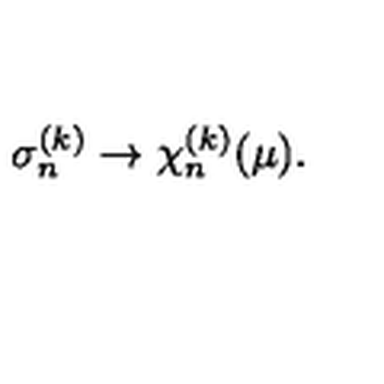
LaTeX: \sigma _ { n } ^ { ( k ) } \rightarrow \chi _ { n } ^ { ( k ) } ( \mu ) .